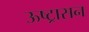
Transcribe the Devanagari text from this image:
ऊष्ट्रासन